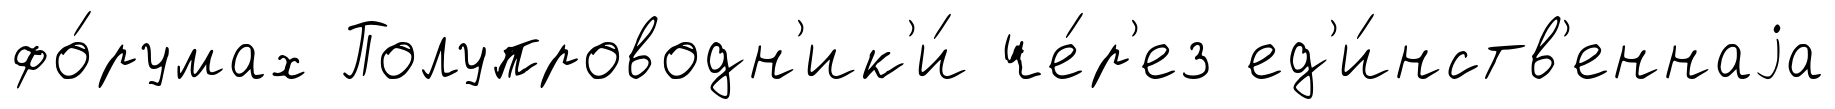
фо́румах Полупроводн'ик'и́ че́р'ез ед'и́нств'еннаjа